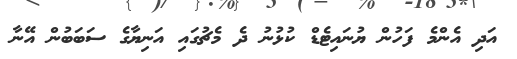
އަދި އެންމެ ފަހުން ޔުނައިޓެޑް ކުޅުނު ދެ މެޗުގައި އަނިޔާގެ ސަބަބުން އޭނާ